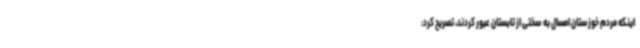
اینکه مردم خوزستان امسال به سختی از تابستان عبور کردند، تصریح کرد: